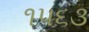
૧૫૬૩